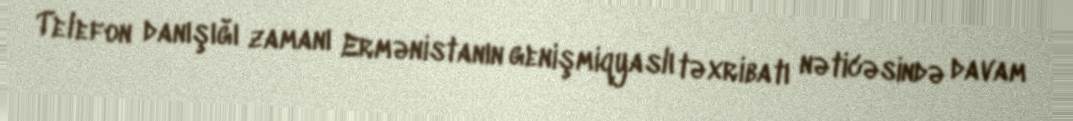
Telefon danışığı zamanı Ermənistanın genişmiqyaslı təxribatı nəticəsində davam